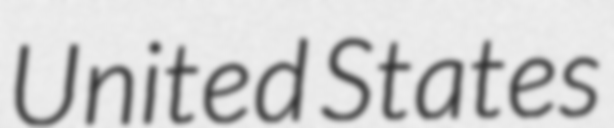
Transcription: United States